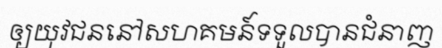
ឲ្យយុវជននៅសហគមន៍ទទួលបានជំនាញ